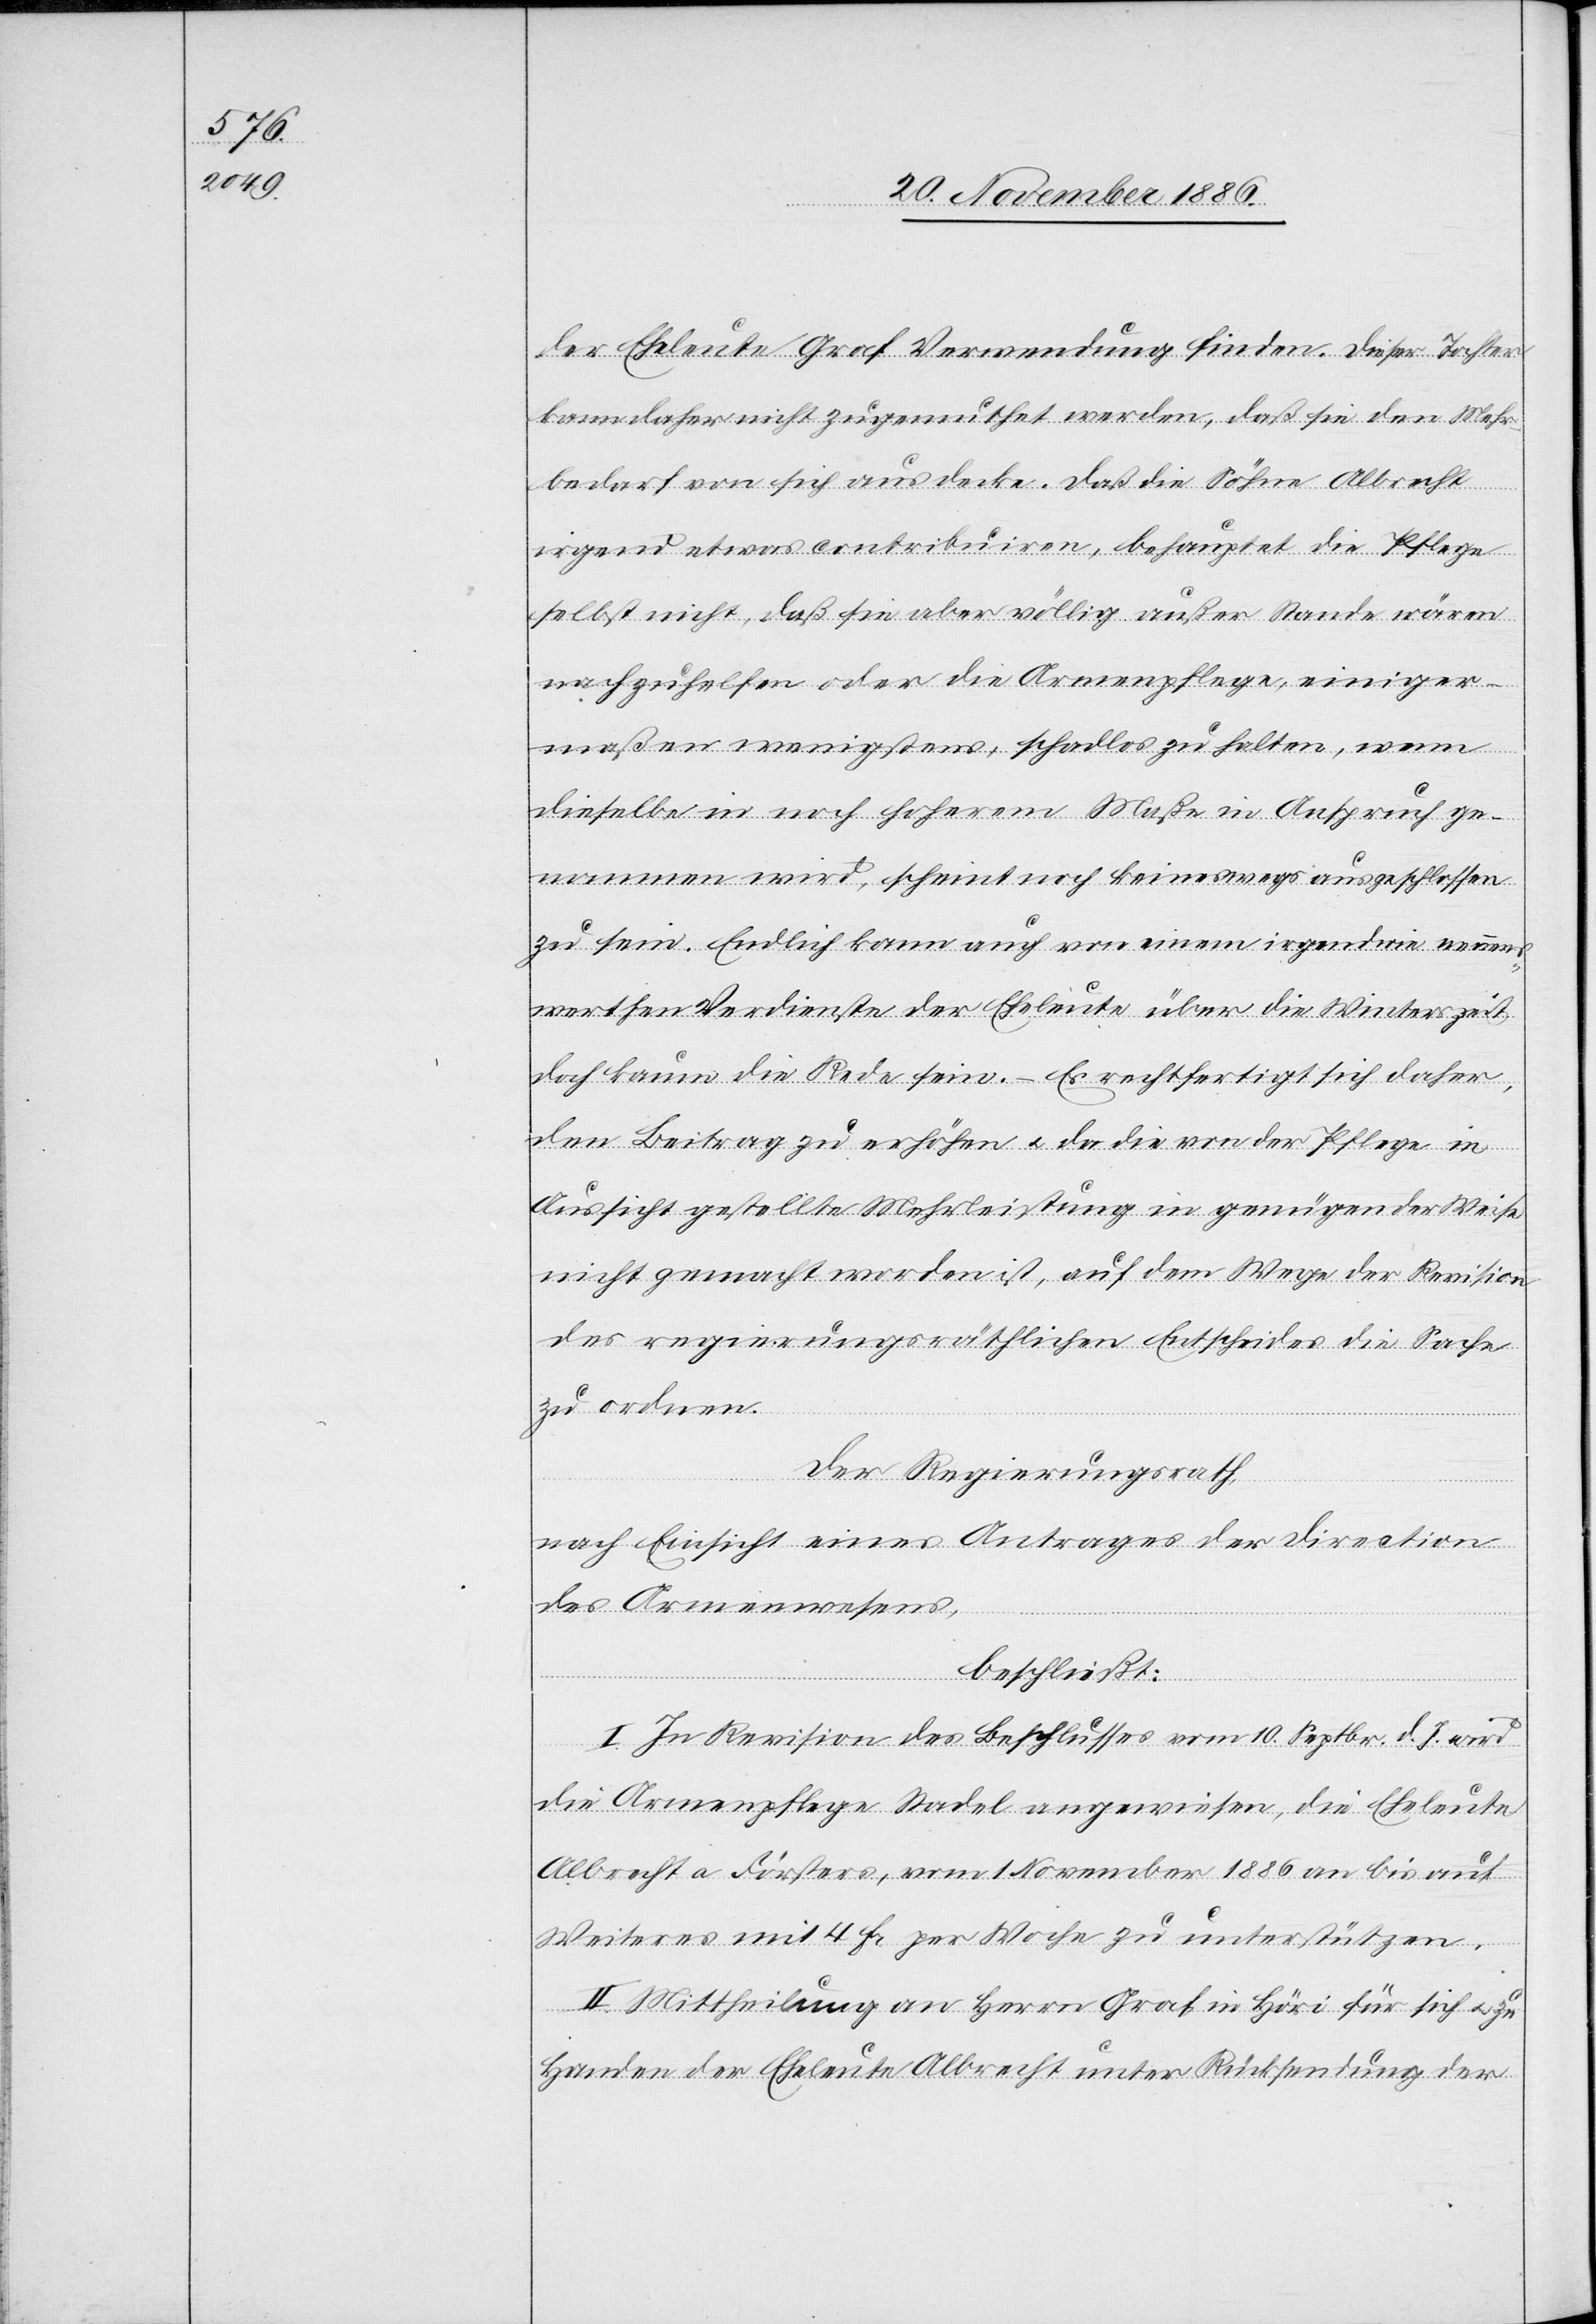
der Eheleute Graf Verwendung finden. Dieser Tochter
kann daher nicht zugemuthet werden, daß sie den Mehr¬
bedarf von sich aus decke. Daß die Söhne Albrecht
irgend etwas contribuiren, behauptet die Pflege
selbst nicht, daß sie aber völlig außer Stande wären
nachzuhelfen oder die Armenpflege, einiger¬
maßen wenigstens, schadlos zu halten, wenn
dieselbe in noch hoherem [sic!] Maße in Anspruch ge¬
nommen wird, scheint noch keineswegs ausgeschlossen
zu sein. Endlich kann auch von einem irgendwie nennens¬
werthen Verdienste der Eheleute über die Winterszeit
doch kaum die Rede sein. – Es rechtfertigt sich daher,
den Beitrag zu erhöhen & da die von der Pflege in
Aussicht gestellte Mehrleistung in genügender Weise
nicht gemacht worden ist, auf dem Wege der Revision
des regierungsräthlichen Entscheides die Sache
zu ordnen.
Der Regierungsrath,
nach Einsicht eines Antrages der Direction
des Armenwesens,
beschließt:
I. In Revision des Beschlusses vom 10. Septbr. d. J. wird
die Armenpflege Stadel angewiesen, die Eheleute
Albrecht a. Försters, vom 1. November 1886 an bis auf
Weiteres mit 4 Fr. per Woche zu unterstützen.
II. Mittheilung an Herrn Graf in Höri für sich & zu
Handen der Eheleute Albrecht unter Rücksendung der